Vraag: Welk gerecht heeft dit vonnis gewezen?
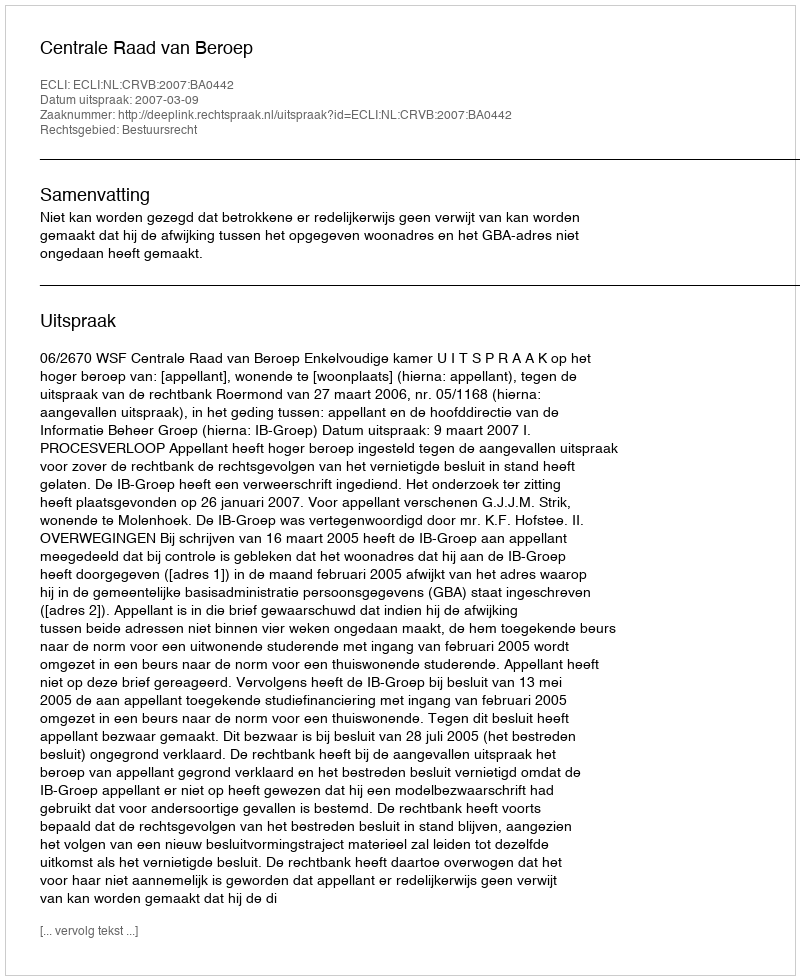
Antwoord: Centrale Raad van Beroep